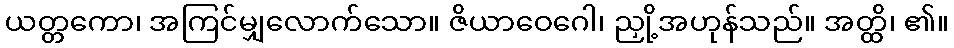
ယတ္တကော၊ အကြင်မျှလောက်သော။ ဇိယာဝေဂေါ၊ ညှို့အဟုန်သည်။ အတ္ထိ၊ ၏။